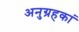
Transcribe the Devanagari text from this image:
अनुग्रहकां